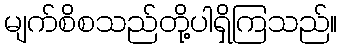
မျက်စိစသည်တို့ပါရှိကြသည်။